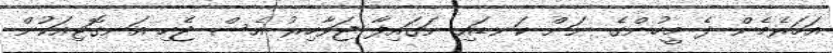
އަހަރެމެން ދެ މީހުންގެ ނަން ކަނޑައި ނަގައިފާ ޖަވާހިރު އެސް ޖެހި އަނގޮޓިއަކުން